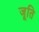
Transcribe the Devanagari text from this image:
जूति